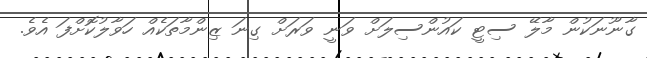
ގާނޫނަކުން މާލޭ ސިޓީ ކައުންސިލަށް ވަނީ ވަރަށް ގިނަ ޒިންމާތަކެއް ހަވާލުކޮށްފަ އެވެ.